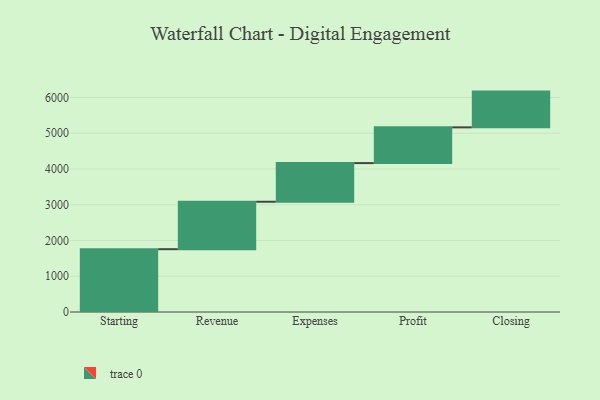
{"axis": {"x": "Step", "y": "Value"}, "legend": [""], "data": [{"x": "Starting", "y": 1757.0, "type": ""}, {"x": "Revenue", "y": 1327.0, "type": ""}, {"x": "Expenses", "y": 1081.0, "type": ""}, {"x": "Profit", "y": 1000, "type": ""}, {"x": "Closing", "y": 1000, "type": ""}]}